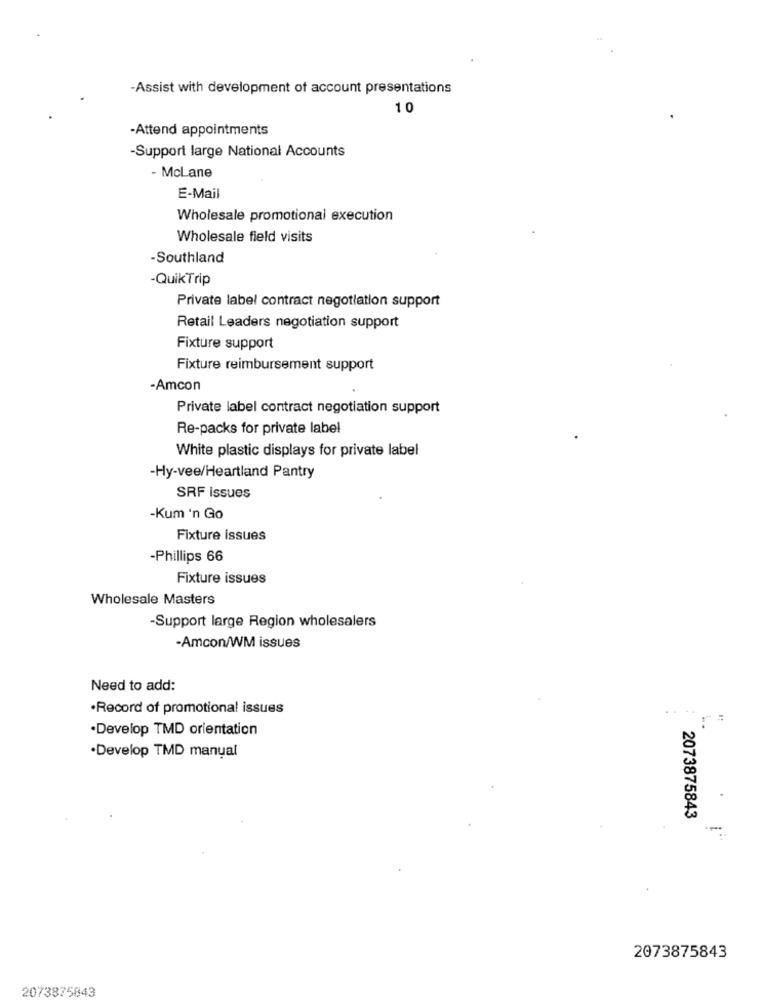
-Assist with development of account presentations
10
-Attend appointments
-Support large National Accounts
- McLane
E-Mail
Wholesale promotional execution
Wholesale field visits
-Southland
-QuikTrip
Private label contract negotiation support
Retail Leaders negotiation support
Fixture support
Fixture reimbursement support
-Amcon
Private label contract negotiation support
Re-packs for private label
White plastic displays for private label
-Hy-vee/Heartland Pantry
SRF Issues
-Kum 'n Go
Fixture issues
-Phillips 66
Fixture issues
Wholesale Masters
-Support large Region wholesalers
-Amcon/WM issues
Need to add:
·Record of promotional issues
.Develop TMD orientation
·Develop TMD manual
.
2073875843
2073875843
2073875843